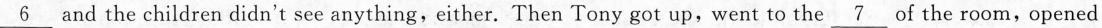
\underline{6} and the children didn't see anything, either. Then Tony got up,went to the \underline{7} of the room, opened